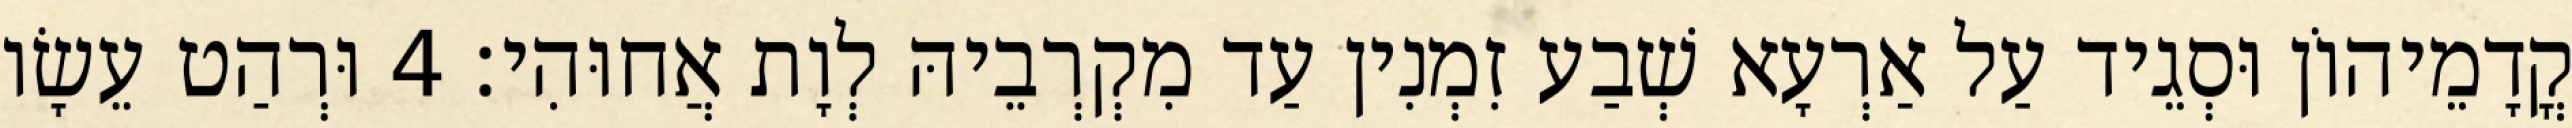
קֳדָמֵיהוֹן וּסְגֵיד עַל אַרְעָא שְׁבַע זִמְנִין עַד מִקְרְבֵיהּ לְוָת אֲחוּהִי׃ 4 וּרְהַט עֵשָׂו